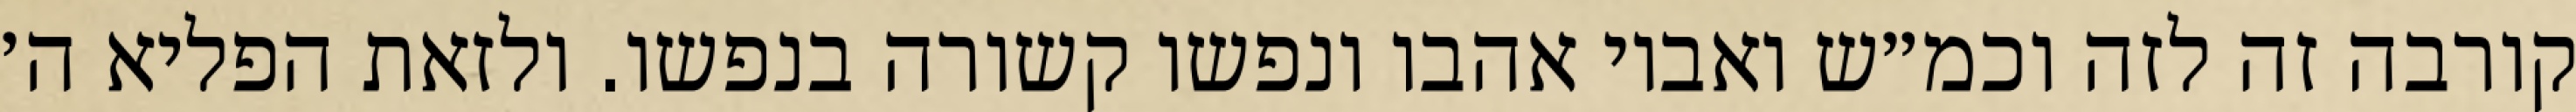
קורבה זה לזה וכמ״ש ואביו אהבו ונפשו קשורה בנפשו. ולזאת הפליא ה׳